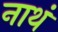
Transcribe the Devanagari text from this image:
नाथं